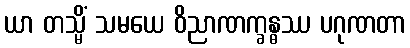
ယာ တသ္မိံ သမယေ ဝိညာဏက္ခန္ဓဿ ပဂုဏတာ